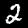
Label: 2